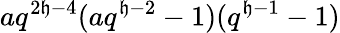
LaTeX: aq^{2\mathfrak{h}-4}(aq^{\mathfrak{h}-2}-1)(q^{\mathfrak{h}-1}-1)